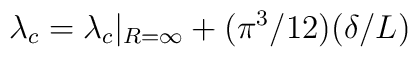
\lambda_c =\lambda_{c}|_{R=\infty}+(\pi^3 /12)(\delta /L)